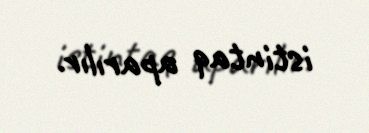
istintaq aparılır.